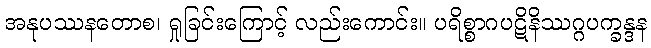
အနုပဿနတောစ၊ ရှုခြင်းကြောင့် လည်းကောင်း။ ပရိစ္စာဂပဋိနိဿဂ္ဂပက္ခန္ဒန